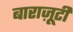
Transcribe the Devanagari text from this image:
बाराज़ूटी